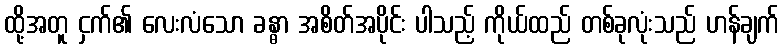
ထို့အတူ ငှက်၏ လေးလံသော ခန္ဓာ အစိတ်အပိုင်း ပါသည့် ကိုယ်ထည် တစ်ခုလုံးသည် ဟန်ချက်